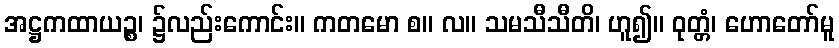
အဋ္ဌကထာယဉ္စ၊ ၌လည်းကောင်း။ ကတမော စ။ လ။ သမသီသီတိ၊ ဟူ၍။ ဝုတ္တံ၊ ဟောတော်မူ